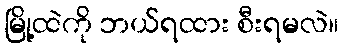
မြို့ထဲကို ဘယ်ရထား စီးရမလဲ။